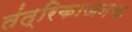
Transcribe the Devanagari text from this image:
तंत्रिकाजनक